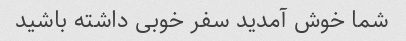
شما خوش آمدید سفر خوبی داشته باشید